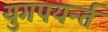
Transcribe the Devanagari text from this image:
युगपयर्न्त